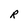
Character: R